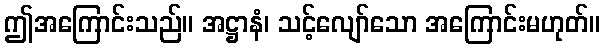
ဤအကြောင်းသည်။ အဋ္ဌာနံ၊ သင့်လျော်သော အကြောင်းမဟုတ်။